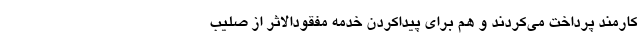
کارمند پرداخت می‌کردند و هم برای پیدا‌کردن خدمه مفقود‌الاثر از صلیب